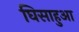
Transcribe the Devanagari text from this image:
घिसाहुआ